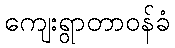
ကျေးရွာတာဝန်ခံ